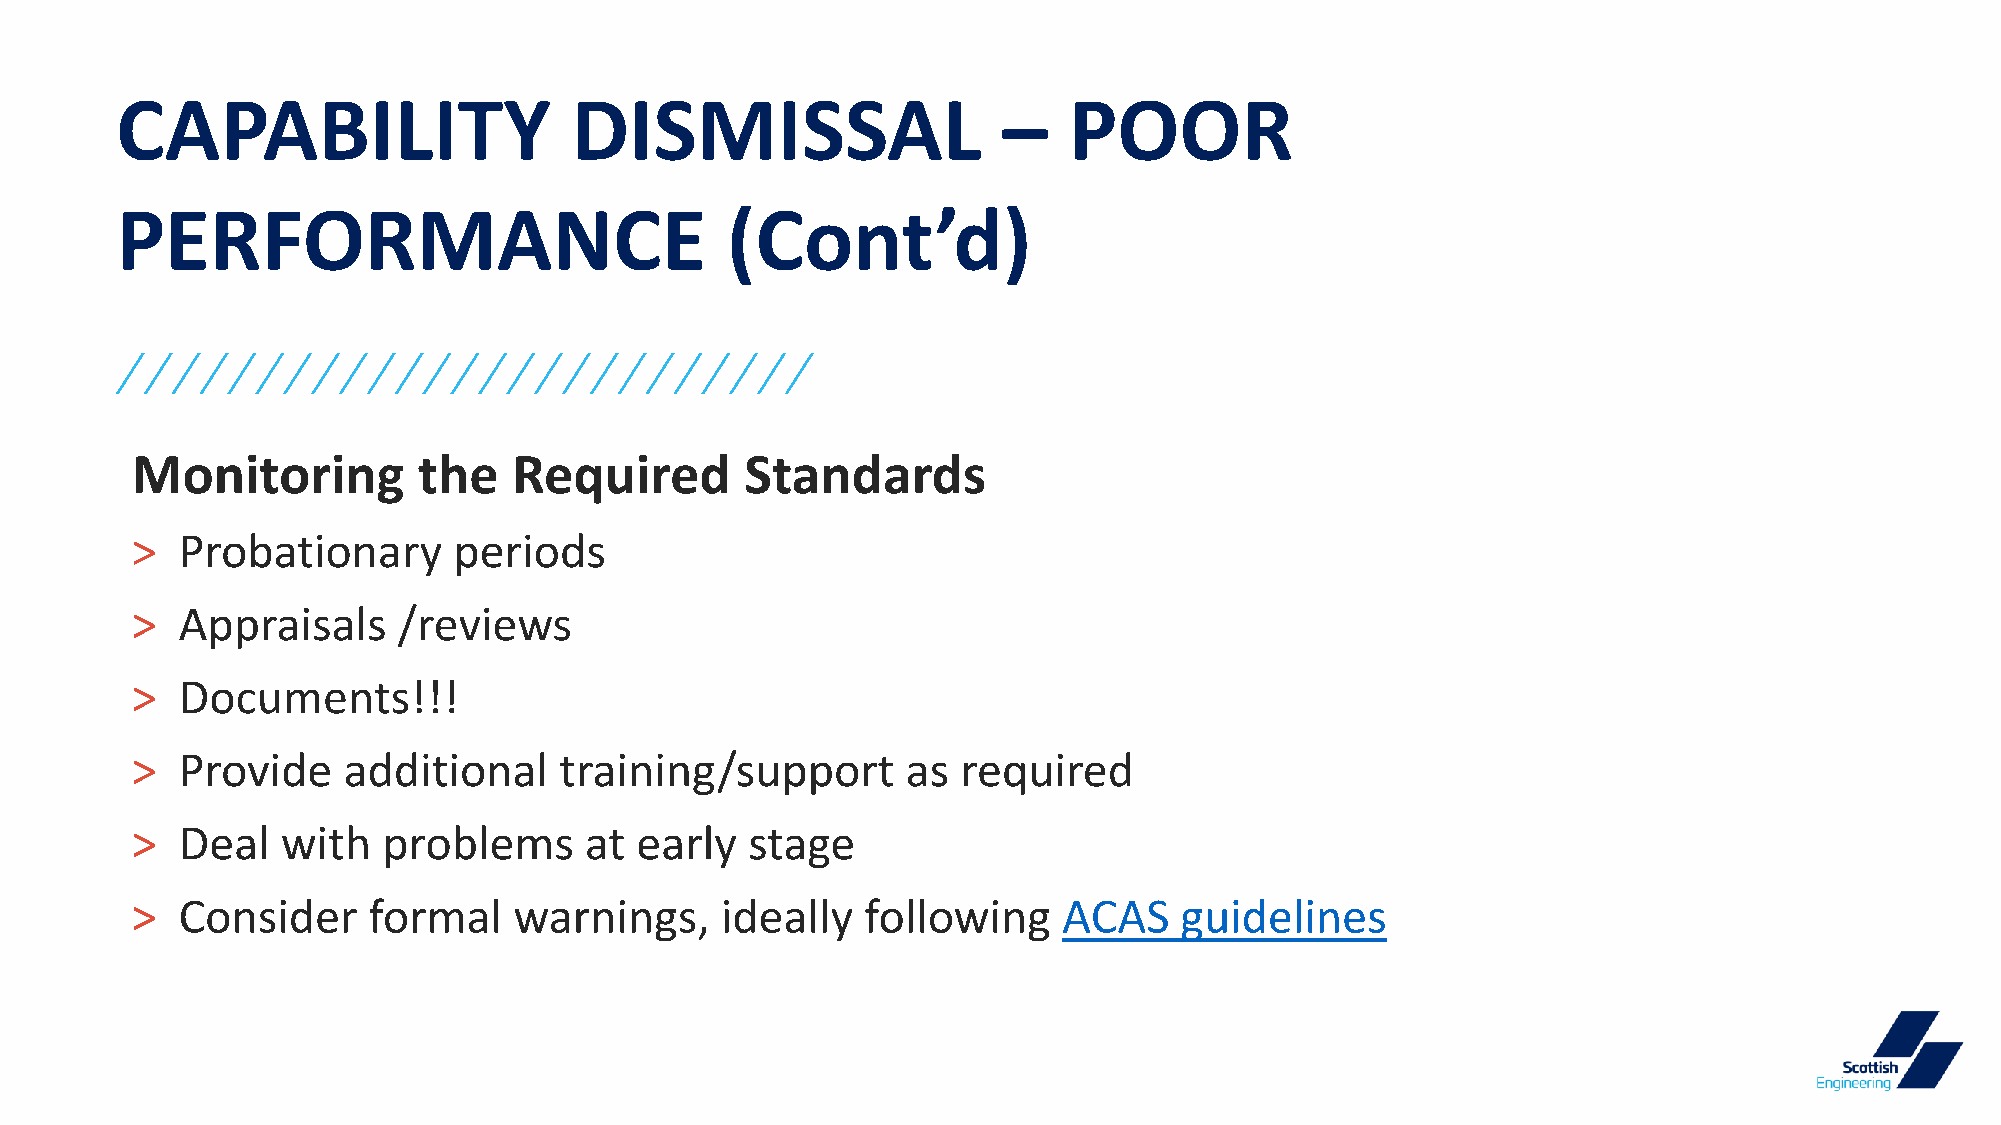
CAPABILITY                    DISMISSAL                   –    POOR
 PERFORMANCE                             (Cont’d)
 Monitoring         the   Required       Standards
 >  Probationary      periods
 >  Appraisals    /reviews
 >  Documents!!!
 >  Provide    additional    training/support       as  required
 >  Deal   with  problems      at early   stage
 >  Consider    formal    warnings,     ideally  following    ACAS    guidelines